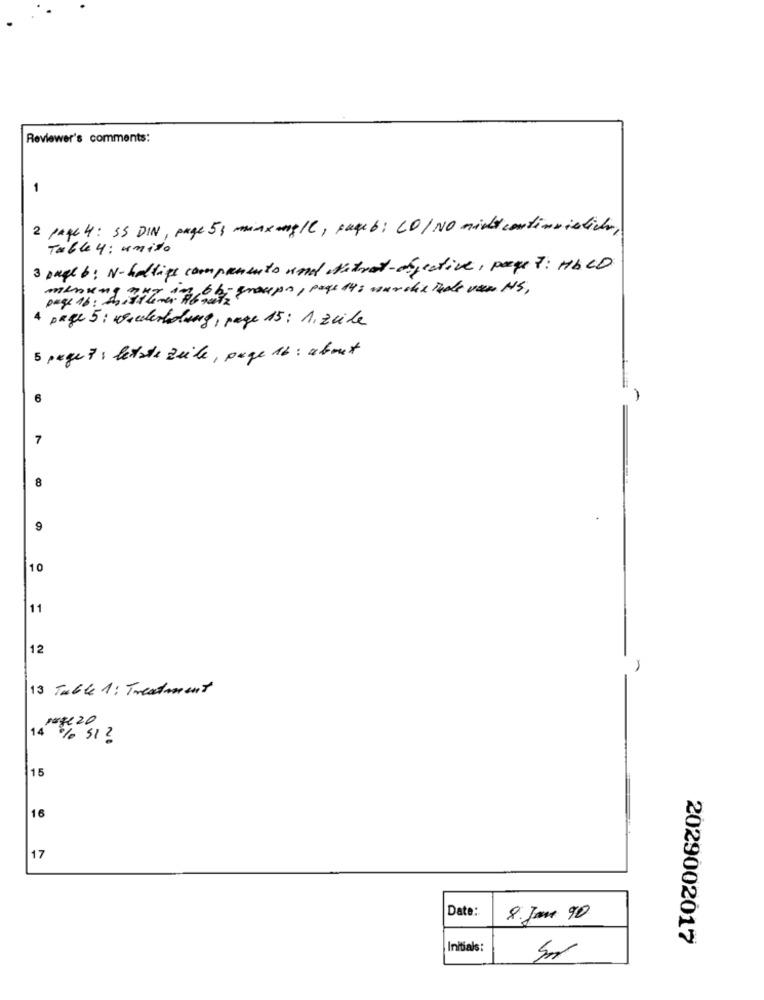
Reviewer's comments:
-
2 page 4: 55 DIN, page 53 minxang/C, pageb: CO/NO might continuistider
Table 4 : unito
3 Dage b: N-hallips campamento und Nitrat-objective, page 7: HbCD
meinung guy in bb- groups , page 44: nurdie Tede var NS,
4 page 5: wiederholung, page 15: 1. zeile
5 page 7 : letzte zeile , page 16 : about
6
7
8
9
10
11
12
13 Table 1 : Treatment
persero
14 % SI ?
15
16
17
Date:
8. Jun 90
2029002017
Initials: